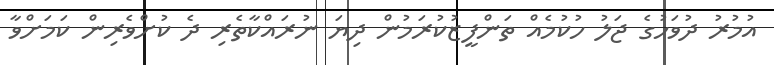
އުމުރު ދުވަހުގެ ޖަލު ހުކުމެއް ތަންފީޒުކުރަމުން ދިޔަ ނުރައްކާތެރި ދެ ކުށްވެރިން ކަމަށްވާ